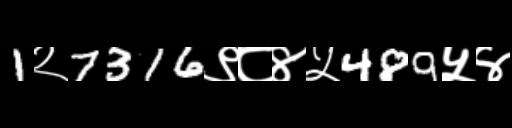
Text: 1२7316९८४५489५४